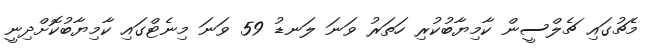
މެޗުގައި ޗެލްސީން ކާމިޔާބުކުރި ހަތަރު ވަނަ ލަނޑު 59 ވަނަ މިނެޓްގައި ކާމިޔާބުކޮށްދިނީ